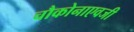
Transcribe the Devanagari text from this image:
चौकोनाएवजी